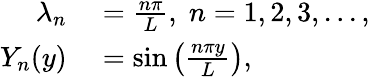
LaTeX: \begin{array}{rl}{\lambda_{n}}&{{}=\frac{n\pi}{L},\; n=1,2,3,...,}\\ {Y_{n}(y)}&{{}=\sin{\left(\frac{n\pi y}{L}\right)},}\end{array}